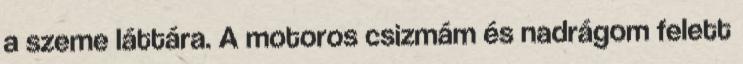
a szeme láttára. A motoros csizmám és nadrágom felett